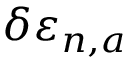
\delta \varepsilon _ { n , a }